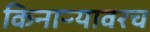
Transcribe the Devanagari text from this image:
किनाऱ्यावरच